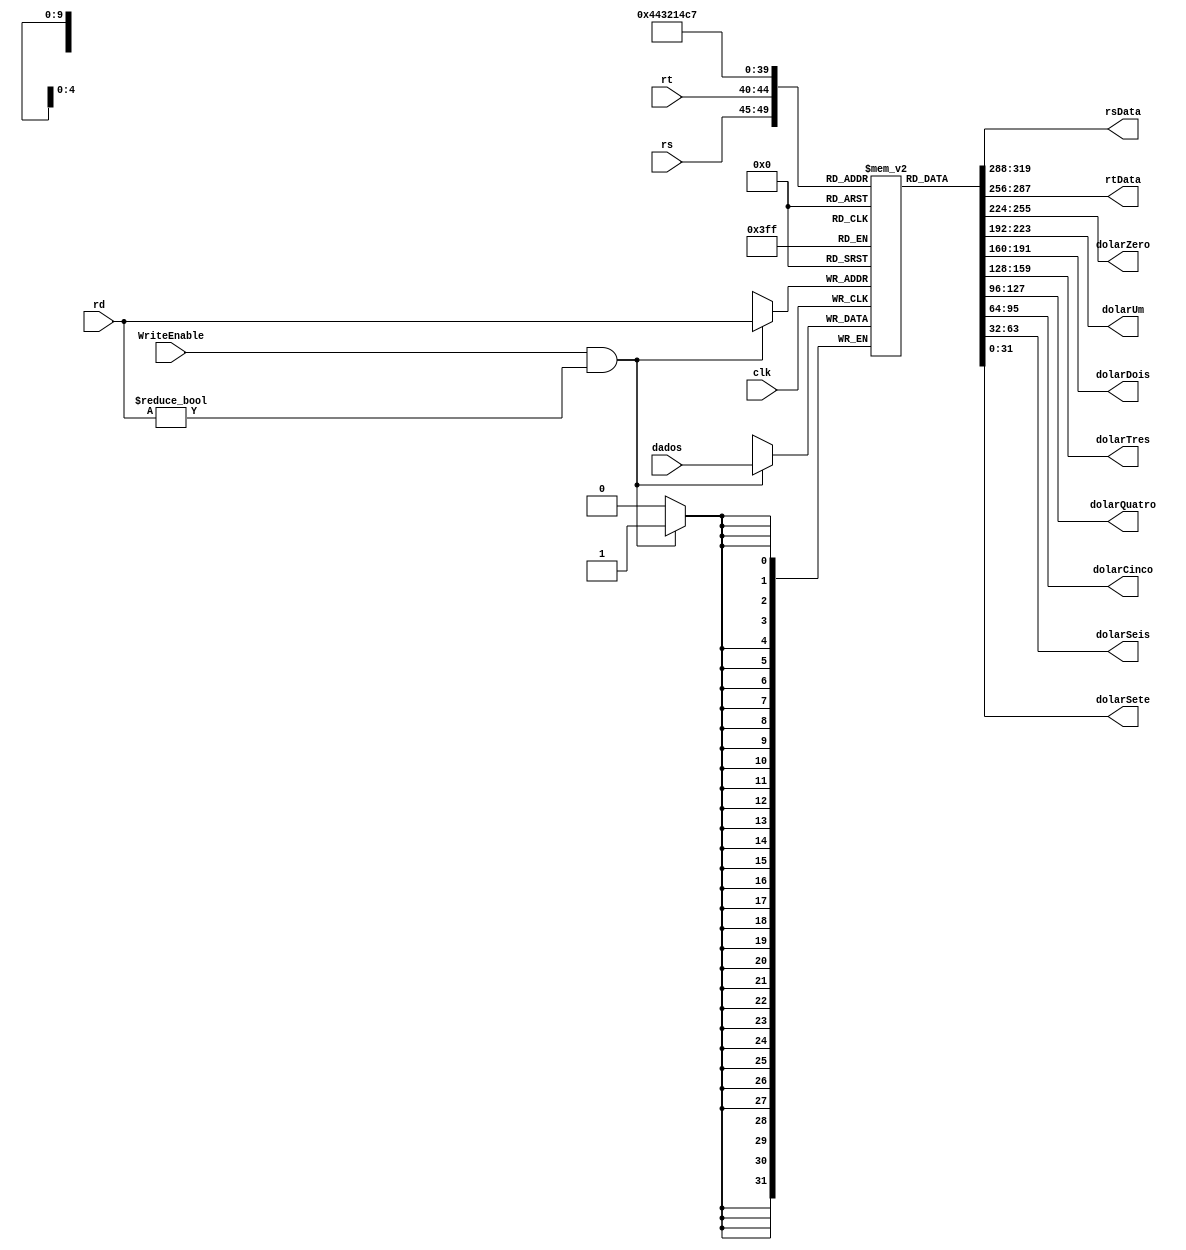
module BancoDeRegistradores(
  input wire clk,
  input wire [31:0] dados,
  input wire [4:0] rs,
  input wire [4:0] rt,
  input wire [4:0] rd,
  input wire WriteEnable,
  output reg [31:0] rsData,
  output reg [31:0] rtData,
  output reg [31:0] dolarZero,
  output reg [31:0] dolarUm,
  output reg [31:0] dolarDois,
  output reg [31:0] dolarTres,
  output reg [31:0] dolarQuatro,
  output reg [31:0] dolarCinco,
  output reg [31:0] dolarSeis,
  output reg [31:0] dolarSete
);

reg [31:0] registers [0:31];
  
integer i;
initial begin
  for (i = 0; i <= 31; i = i + 1) begin
    registers[i] <= 0;
  end
end
  
always @(posedge clk) begin
  if (WriteEnable && rd != 5'b00000) begin
    registers[rd] <= dados;
  end
end

always @(*) begin
  rsData <= registers[rs];
  rtData <= registers[rt];
  dolarZero <= registers[0];
  dolarUm <= registers[1];
  dolarDois <= registers[2];
  dolarTres <= registers[3];
  dolarQuatro <= registers[4];
  dolarCinco <= registers[5];
  dolarSeis <= registers[6];
  dolarSete <= registers[7];
end

  initial begin
    registers[0] <= 0;
  end

endmodule